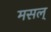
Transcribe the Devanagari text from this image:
मसल्‌